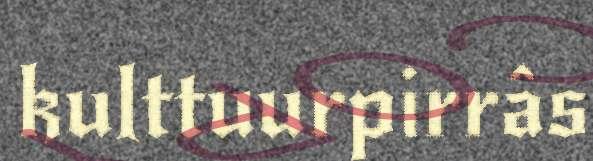
kulttuurpirrâs